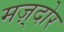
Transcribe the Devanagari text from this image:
मज़्दोर